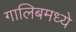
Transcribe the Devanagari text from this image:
गालिबमध्ये